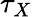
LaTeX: \tau_{X}